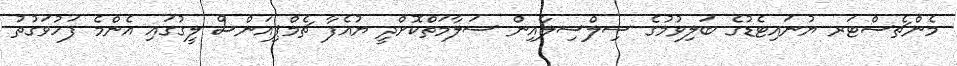
މެންޗެސްޓަރ ޔުނައިޓެޑުގެ ބަލިވުމުގެ ސިލްސިލާއިން ސަލާމަތްކޮށްދީ ޔުއެފާ ޗެމްޕިއަންސް ލީގުގައި އެންމެ ފަހުވަގުތު